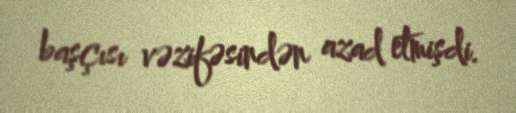
başçısı vəzifəsindən azad etmişdi.